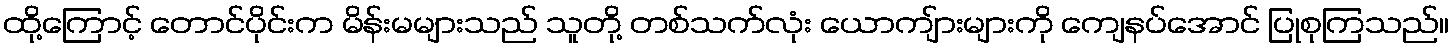
ထို့ကြောင့် တောင်ပိုင်းက မိန်းမများသည် သူတို့ တစ်သက်လုံး ယောကျ်ားများကို ကျေနပ်အောင် ပြုစုကြသည်။